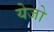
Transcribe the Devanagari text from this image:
येजो